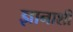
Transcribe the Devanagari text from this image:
ज्ञानाशी